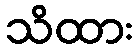
သိထား